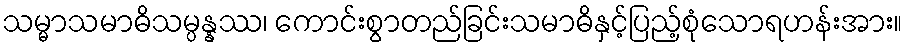
သမ္မာသမာဓိသမ္ပန္နဿ၊ ကောင်းစွာတည်ခြင်းသမာဓိနှင့်ပြည့်စုံသောရဟန်းအား။